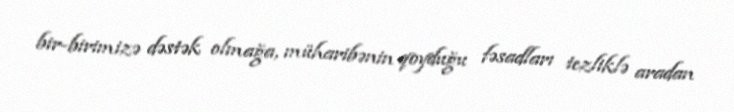
bir-birimizə dəstək olmağa, müharibənin qoyduğu fəsadları tezliklə aradan